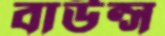
বাউন্স